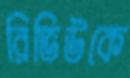
রিভিউকে